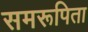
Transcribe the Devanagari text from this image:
समरूपिता